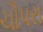
ચૌપરા